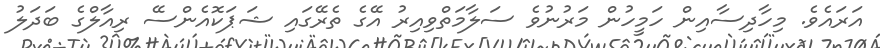
އަރައެވެ. މިހާދިސާއިން ހަމީހުން މަރުނުވެ ސަލާމަތްވިއިރު އޭގެ ތެރޭގައި ޝަޕަކޮއެންސޭ ރިއާލްގެ ބަދަލު